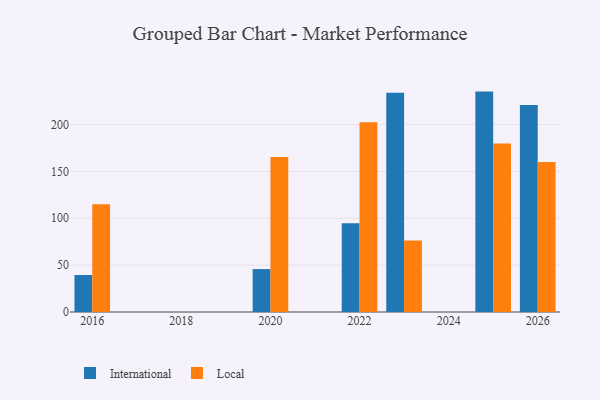
{"axis": {"x": "Year", "y": "Humidity (%)"}, "legend": ["International", "Local"], "data": [{"x": "2025", "y": 235.2, "type": "International"}, {"x": "2025", "y": 179.8, "type": "Local"}, {"x": "2022", "y": 94.8, "type": "International"}, {"x": "2022", "y": 202.4, "type": "Local"}, {"x": "2016", "y": 39.5, "type": "International"}, {"x": "2016", "y": 115.1, "type": "Local"}, {"x": "2023", "y": 234.1, "type": "International"}, {"x": "2023", "y": 76.2, "type": "Local"}, {"x": "2020", "y": 45.8, "type": "International"}, {"x": "2020", "y": 165.4, "type": "Local"}, {"x": "2026", "y": 220.9, "type": "International"}, {"x": "2026", "y": 160.2, "type": "Local"}]}